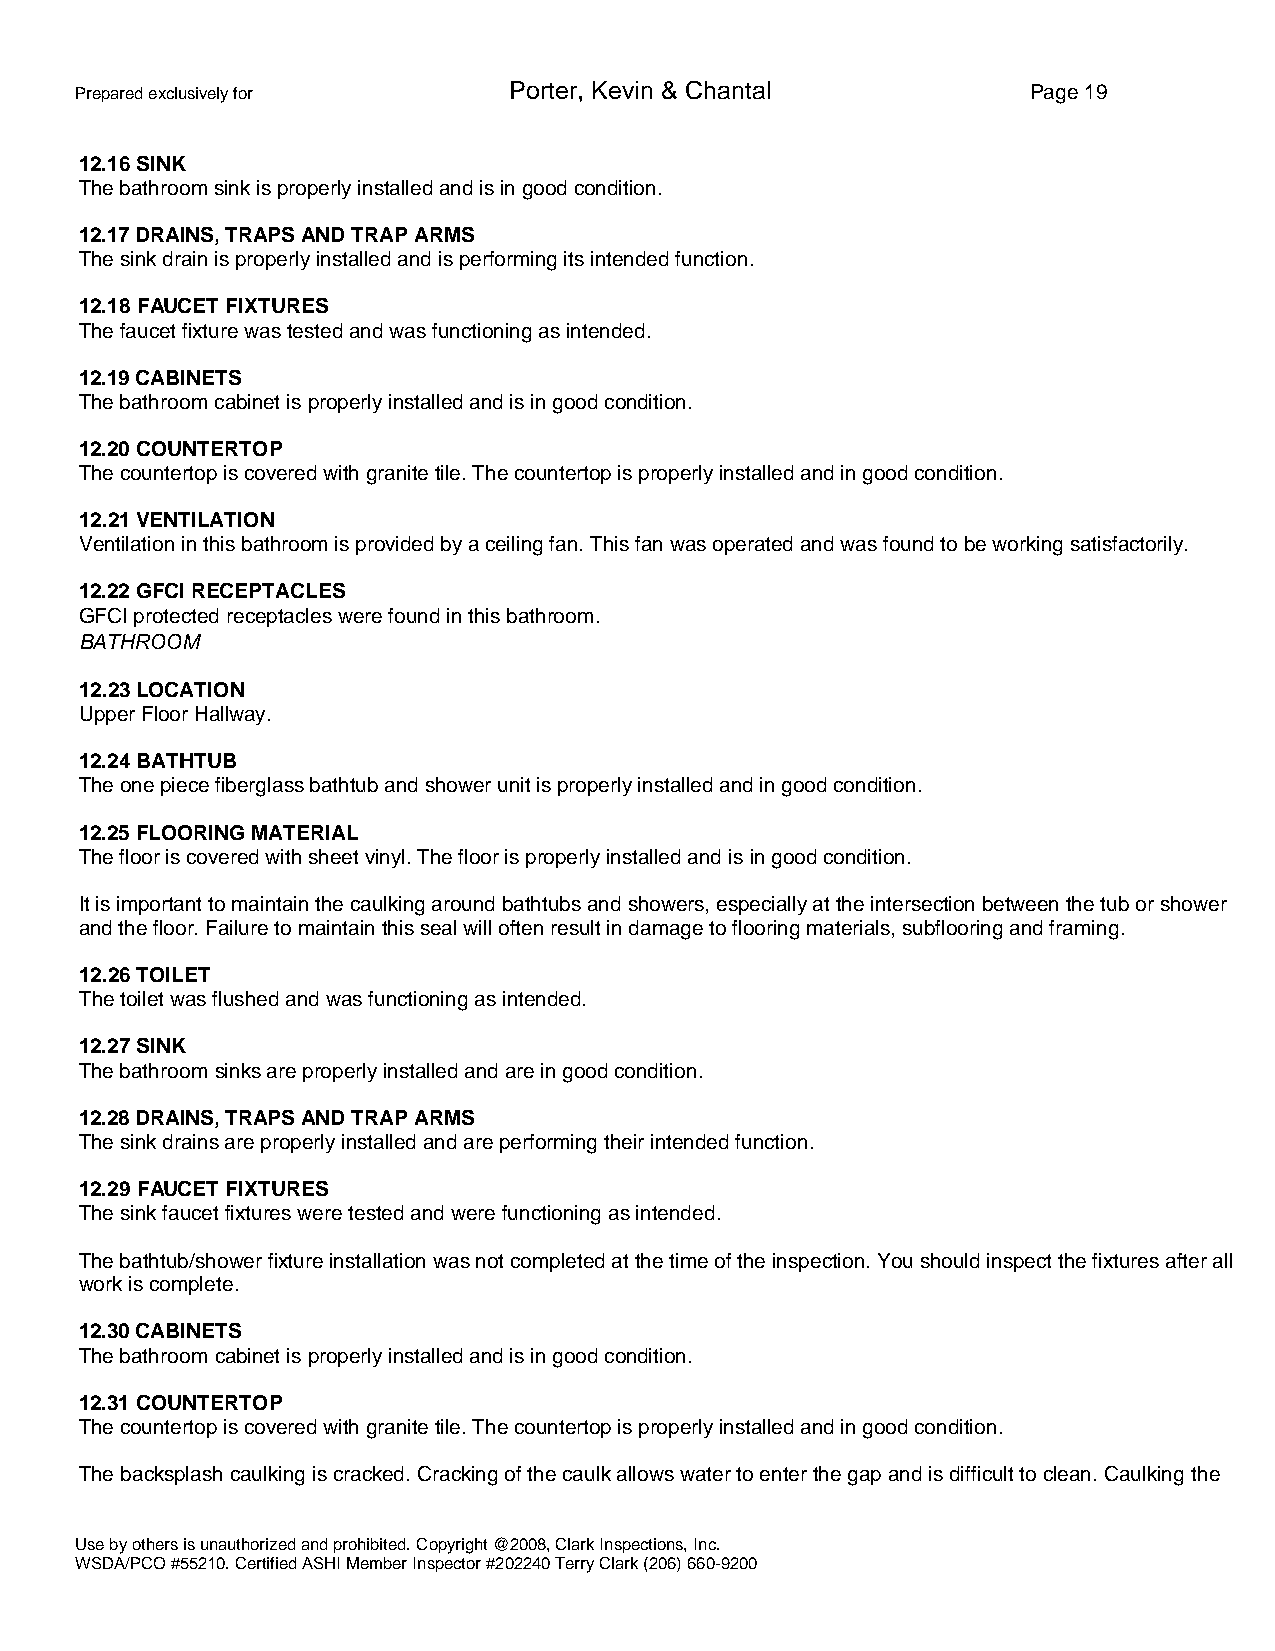
Prepared exclusively for     Porter, Kevin & Chantal           Page 19
 12.16 SINK
 The bathroom sink is properly installed and is in good condition.
 12.17 DRAINS, TRAPS AND TRAP ARMS
 The sink drain is properly installed and is performing its intended function.
 12.18 FAUCET FIXTURES
 The faucet fixture was tested and was functioning as intended.
 12.19 CABINETS
 The bathroom cabinet is properly installed and is in good condition.
 12.20 COUNTERTOP
 The countertop is covered with granite tile. The countertop is properly installed and in good condition.
 12.21 VENTILATION
 Ventilation in this bathroom is provided by a ceiling fan. This fan was operated and was found to be working satisfactorily.
 12.22 GFCI RECEPTACLES
 GFCI protected receptacles were found in this bathroom.
 BATHROOM
 12.23 LOCATION
 Upper Floor Hallway.
 12.24 BATHTUB
 The one piece fiberglass bathtub and shower unit is properly installed and in good condition.
 12.25 FLOORING MATERIAL
 The floor is covered with sheet vinyl. The floor is properly installed and is in good condition.
 It is important to maintain the caulking around bathtubs and showers, especially at the intersection between the tub or shower
 and the floor. Failure to maintain this seal will often result in damage to flooring materials, subflooring and framing.
 12.26 TOILET
 The toilet was flushed and was functioning as intended.
 12.27 SINK
 The bathroom sinks are properly installed and are in good condition.
 12.28 DRAINS, TRAPS AND TRAP ARMS
 The sink drains are properly installed and are performing their intended function.
 12.29 FAUCET FIXTURES
 The sink faucet fixtures were tested and were functioning as intended.
 The bathtub/shower fixture installation was not completed at the time of the inspection. You should inspect the fixtures after all
 work is complete.
 12.30 CABINETS
 The bathroom cabinet is properly installed and is in good condition.
 12.31 COUNTERTOP
 The countertop is covered with granite tile. The countertop is properly installed and in good condition.
 The backsplash caulking is cracked. Cracking of the caulk allows water to enter the gap and is difficult to clean. Caulking the
 Use by others is unauthorized and prohibited. Copyright @2008, Clark Inspections, Inc.
 WSDA/PCO #55210. Certified ASHI Member Inspector #202240 Terry Clark (206) 660-9200